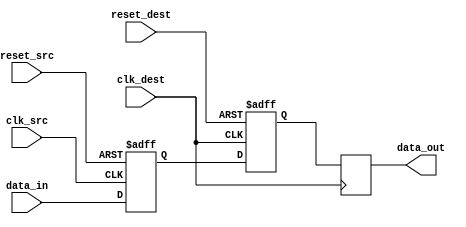
module synchronizer_with_reset (
    input wire clk_src,
    input wire reset_src,
    input wire data_in,
    output reg data_out,
    input wire clk_dest,
    input wire reset_dest
);

reg synchronizer_sync1, synchronizer_sync2;

always @(posedge clk_src or posedge reset_src) begin
    if (reset_src) begin
        synchronizer_sync1 <= 1'b0;
    end else begin
        synchronizer_sync1 <= data_in;
    end
end

always @(posedge clk_dest or posedge reset_dest) begin
    if (reset_dest) begin
        synchronizer_sync2 <= 1'b0;
    end else begin
        synchronizer_sync2 <= synchronizer_sync1;
    end
end

always @(posedge clk_dest) begin
    data_out <= synchronizer_sync2;
end

endmodule